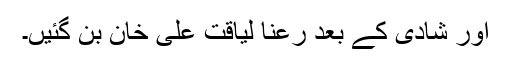
اور شادی کے بعد رعنا لیاقت علی خان بن گئیں۔